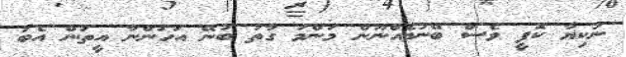
ނުކިޔާ ކޮފީ ވެސް ބޭނުމެއްނޫން މަންމަ ގާތު ބުނޭ އަހަންނާ އީތަން އެބަ